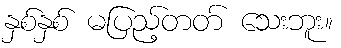
နှစ်နှစ် မပြည့်တတ် သေးဘူး။